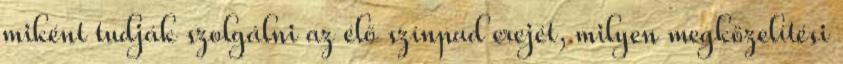
miként tudják szolgálni az élő színpad erejét, milyen megközelítési